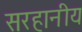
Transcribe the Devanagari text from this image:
सरहानीय